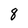
Character: 8